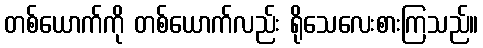
တစ်ယောက်ကို တစ်ယောက်လည်း ရိုသေလေးစားကြသည်။